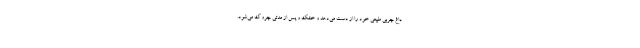
داغ چربی طبیعی خود را از دست می‌دهد و خشک و پس از مدتی چروک می‌شود.